Lunatic asylums Central Provinces reports 1874-1885 - 1874-1885
Year: 1874
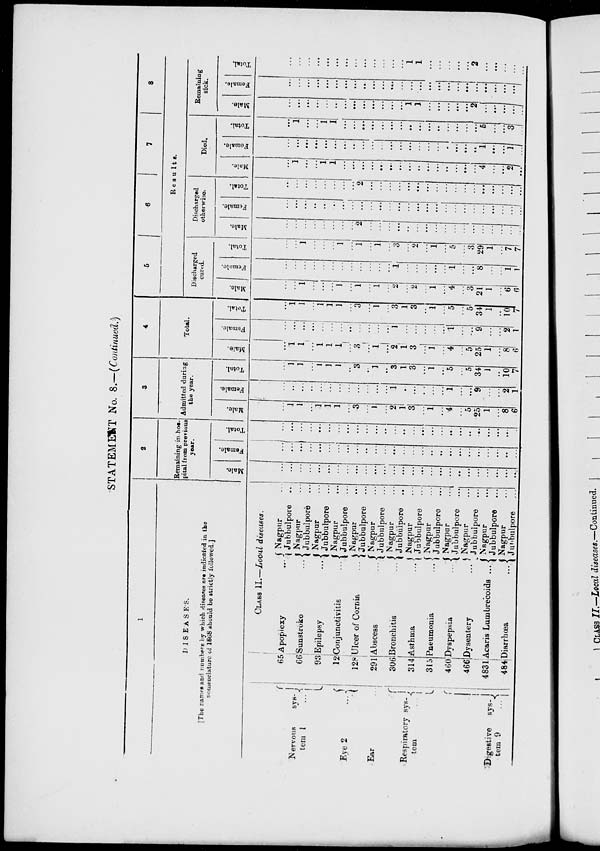
STATEMENT No. 8.—(Continued.)
1
DISEASES.
[The names and numbers by which diseases are indicated in the
nomenclature of 1868 should be strictly followed.]
Nervous
sys-
tem
1
...
Eye 2
...
Ear …
Respiratory sys-
tem
...
Digestive
sys-
tem
9
...
65
66
93
12
128
291
306
314
315
460
466
4831
484
CLASS II.—Local diseases.
Apoplexy …
Sunstroke
...
Epilepsy
...
Conjunctivitis
...
Ulcer of Cornia …
Abscess
...
Bronchitis …
Asthma
...
Pneumonia ...
Dyspepsia
...
Dysentery
...
Acaris Lumbrecoids ...
Diarrhœa
…
Nagpur …
Jubbulpore …
Nagpur ...
Jubbulpore …
Nagpur …
Jubbulpore …
Nagpur ...
Jubbulpore …
Nagpur …
Jubbulpore …
Nagpur …
Jubbulpore …
Nagpur …
Jubbulpore
Nagpur …
Jubbulpore …
Nagpur …
Jubbulpore …
Nagpur …
Jubbulpore …
Nagpur …
Jubbulpore …
Nagpur …
Jubbulpore ...
Nagpur …
Jubbulpore …
2
Remaining in hos-
pital from previous
year.
Male.
…
…
…
…
...
...
…
...
...
...
...
...
…
...
...
...
...
...
...
...
…
...
…
...
...
...
Female.
…
...
...
…
...
...
…
...
...
...
...
...
...
...
…
…
...
...
...
...
...
...
…
...
...
...
Total.
…
...
…
…
...
...
...
...
...
…
...
...
…
...
...
...
...
…
...
...
...
...
...
...
...
…
3
Admitted during
the year.
Male.
…
1
1
...
1
1
1
...
3
…
1
...
2
1
3
…
1
…
4
...
5
25
1
...
8
6
Female.
…
...
…
...
...
...
…
...
...
…
...
...
1
...
...
...
...
…
1
...
...
9
…
...
2
1
Total.
…
1
1
…
1
1
1
...
3
...
1
...
3
1
3
...
1
...
5
...
5
34
1
...
10
7
4
Total.
Male.
…
1
1
…
1
1
1
...
3
...
1
...
2
1
3
…
1
…
4
…
5
25
1
...
8
6
Female.
…
...
...
...
…
...
…
…
...
...
...
...
1
…
...
…
…
...
1
...
...
9
…
...
2
1
Total.
…
1
1
…
1
1
1
…
3
…
1
...
3
1
3
…
1
…
5
...
5
34
1
...
10
7
5
6
7
8
Results.
Discharged
cured.
Male.
…
…
1
…
...
…
1
…
1
…
1
…
2
...
2
…
1
…
4
…
3
21
1
...
6
6
Female.
…
…
…
…
...
…
…
…
…
…
…
...
1
...
…
…
...
…
1
…
...
8
…
...
1
1
Total.
…
…
1
…
...
…
1
…
1
…
1
…
3
...
2
…
1
…
5
...
3
29
1
...
7
7
Discharged
otherwise.
Male.
…
…
…
…
...
…
...
…
2
…
...
...
...
...
…
...
...
…
…
…
...
…
…
…
…
…
Female.
...
...
...
...
...
...
...
…
...
…
...
…
...
…
...
...
...
…
…
...
…
…
...
...
...
…
Total.
...
…
...
…
...
…
...
...
2
...
…
...
…
...
...
...
...
…
…
…
…
...
...
...
...
...
Died.
Male.
…
1
...
…
1
1
…
...
...
...
...
...
...
...
...
...
...
...
...
...
...
4
...
...
2
...
Female.
…
...
...
...
...
...
...
...
...
…
...
...
...
...
…
…
...
...
...
...
...
1
...
...
1
...
Total.
...
1
…
...
1
1
...
...
...
...
...
...
...
...
...
...
...
…
...
...
...
5
…
...
3
...
Remaining
sick.
Male.
…
...
...
...
...
...
...
...
...
...
...
...
...
1
1
…
...
...
...
...
2
...
...
...
...
...
Female.
...
...
...
...
...
...
...
...
...
...
...
...
…
...
...
...
...
...
...
...
...
...
...
...
...
…
Total.
…
…
…
...
...
...
...
...
...
...
...
...
…
1
1
...
...
…
...
...
2
...
...
...
...
...